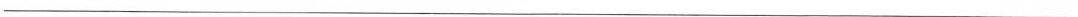
___